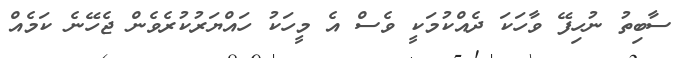
ސާބިތު ނުހިފޭ ވާހަކަ ދެއްކުމަކީ ވެސް އެ މީހަކު ހައްޔަރުކުރެވެން ޖެހޭނެ ކަމެއް